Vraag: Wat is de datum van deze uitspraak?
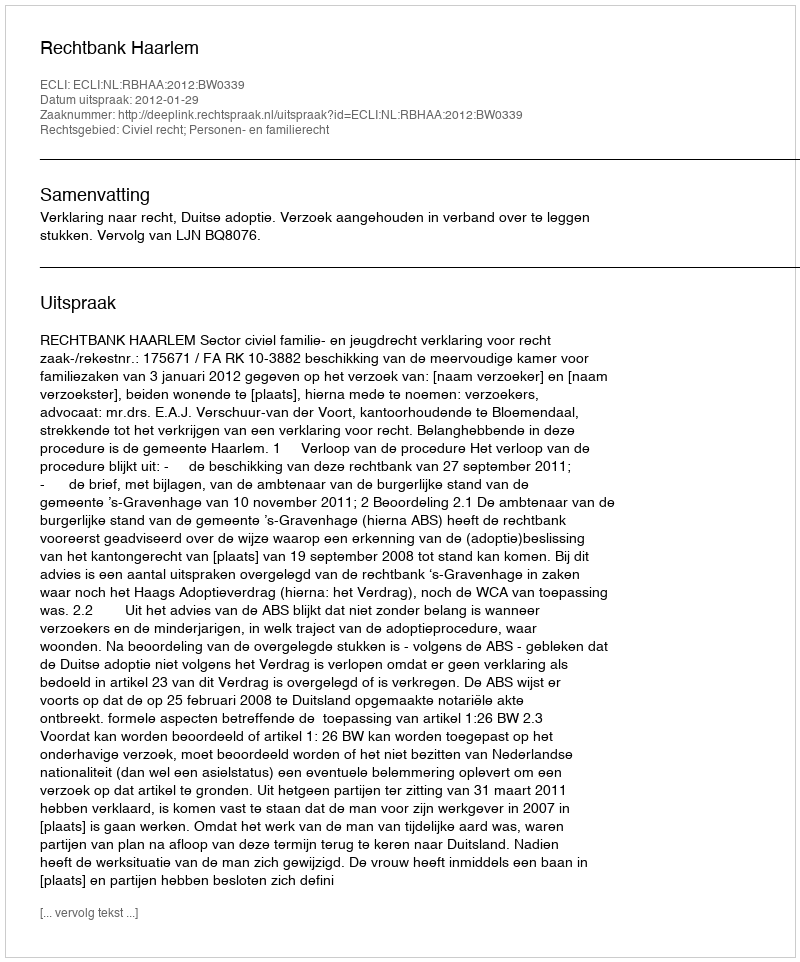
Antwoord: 2012-01-29